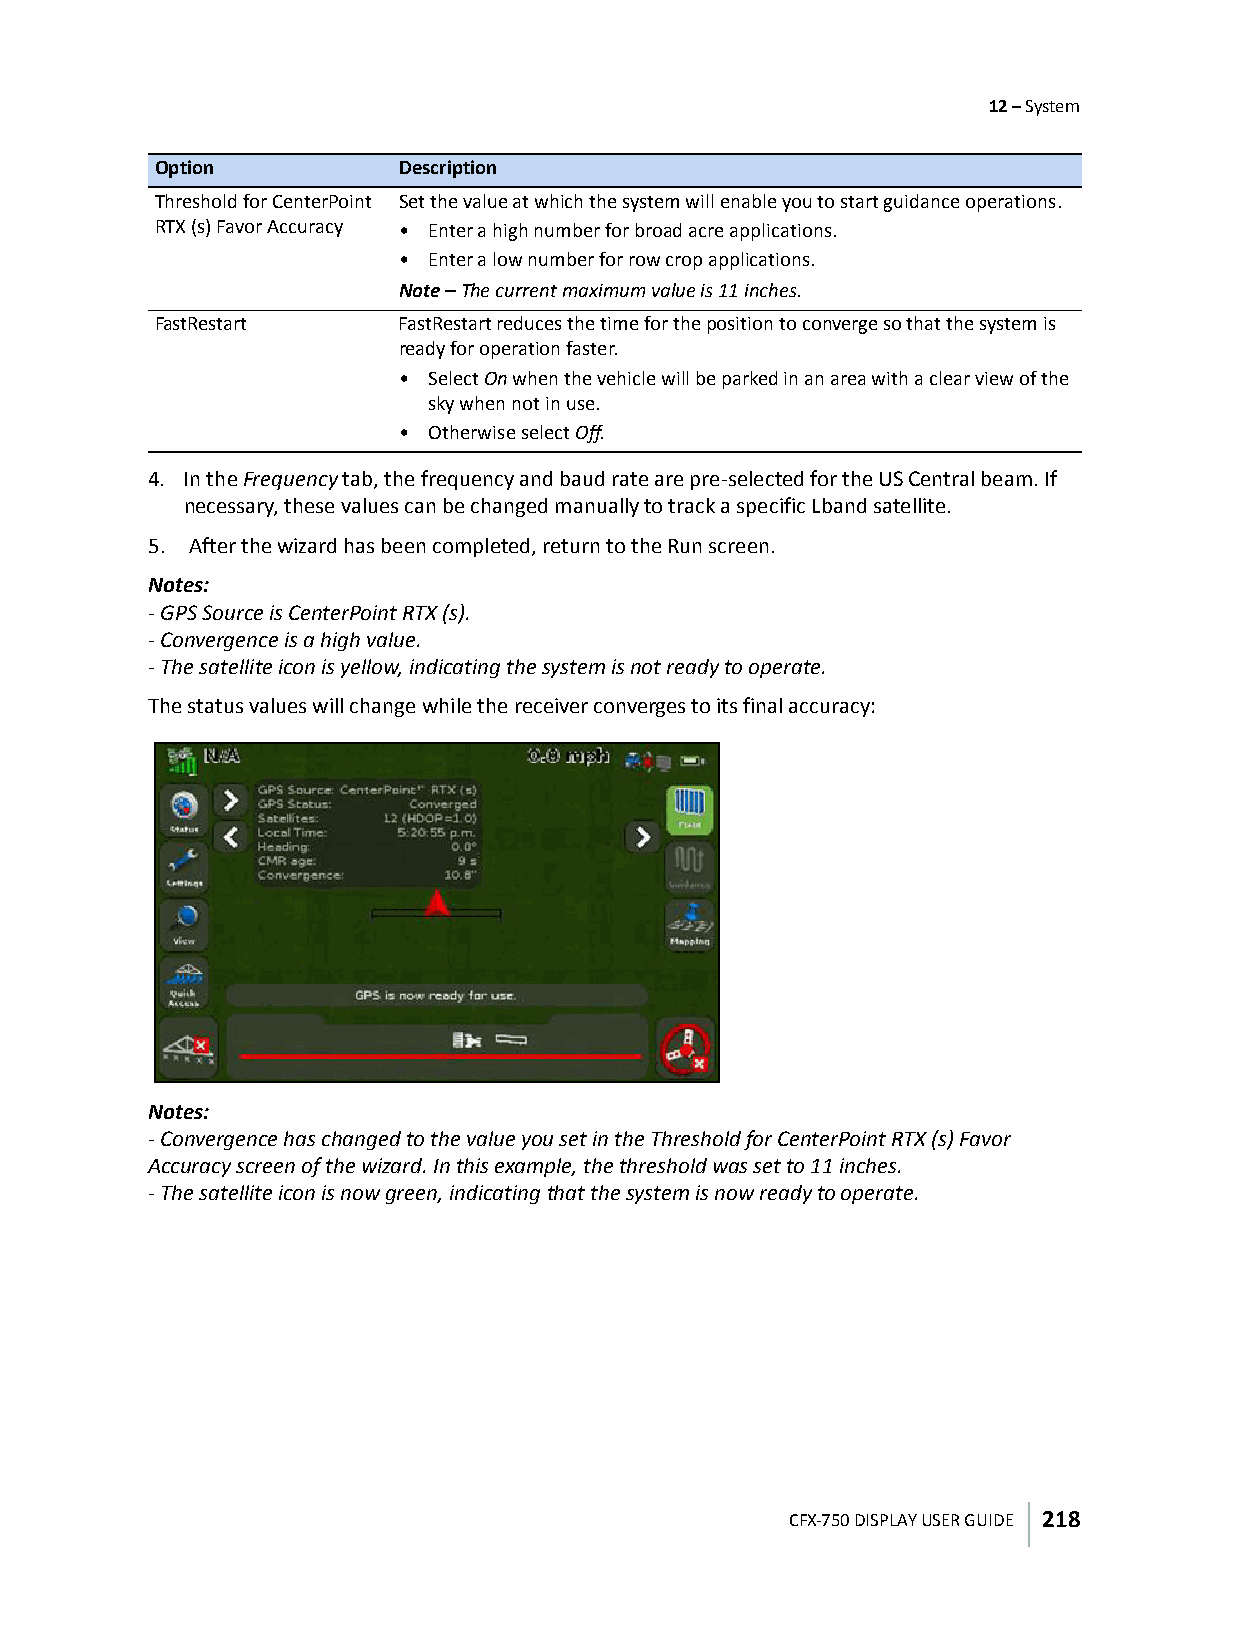
12 – System
 Option           Description
 Threshold for CenterPoint Set the value at which the system will enable you to start guidance operations.
 RTX (s) Favor Accuracy • Enter a high number for broad acre applications.
 • Enter a low number for row crop applications.
 Note – The current maximum value is 11 inches.
 FastRestart      FastRestart reduces the time for the position to converge so that the system is
 ready for operation faster.
 • Select On when the vehicle will be parked in an area with a clear view of the
 sky when not in use.
 • Otherwise select Off.
 4. In the Frequency tab, the frequency and baud rate are pre-selected for the US Central beam. If
 necessary, these values can be changed manually to track a specific Lband satellite.
 5. After the wizard has been completed, return to the Run screen.
 Notes:
 - GPS Source is CenterPoint RTX (s).
 - Convergence is a high value.
 - The satellite icon is yellow, indicating the system is not ready to operate.
 The status values will change while the receiver converges to its final accuracy:
 Notes:
 - Convergence has changed to the value you set in the Threshold for CenterPoint RTX (s) Favor
 Accuracy screen of the wizard. In this example, the threshold was set to 11 inches.
 - The satellite icon is now green, indicating that the system is now ready to operate.
 CFX-750 DISPLAY USER GUIDE 218